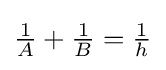
{\tfrac {1}{A}}+{\tfrac {1}{B}}={\tfrac {1}{h}}